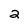
Character: 2